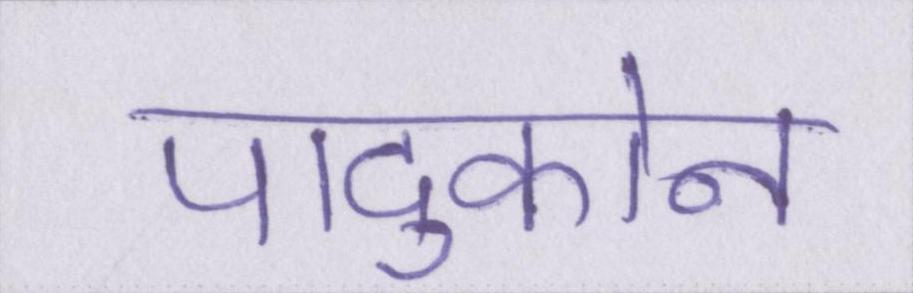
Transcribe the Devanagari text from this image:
पादुकोन